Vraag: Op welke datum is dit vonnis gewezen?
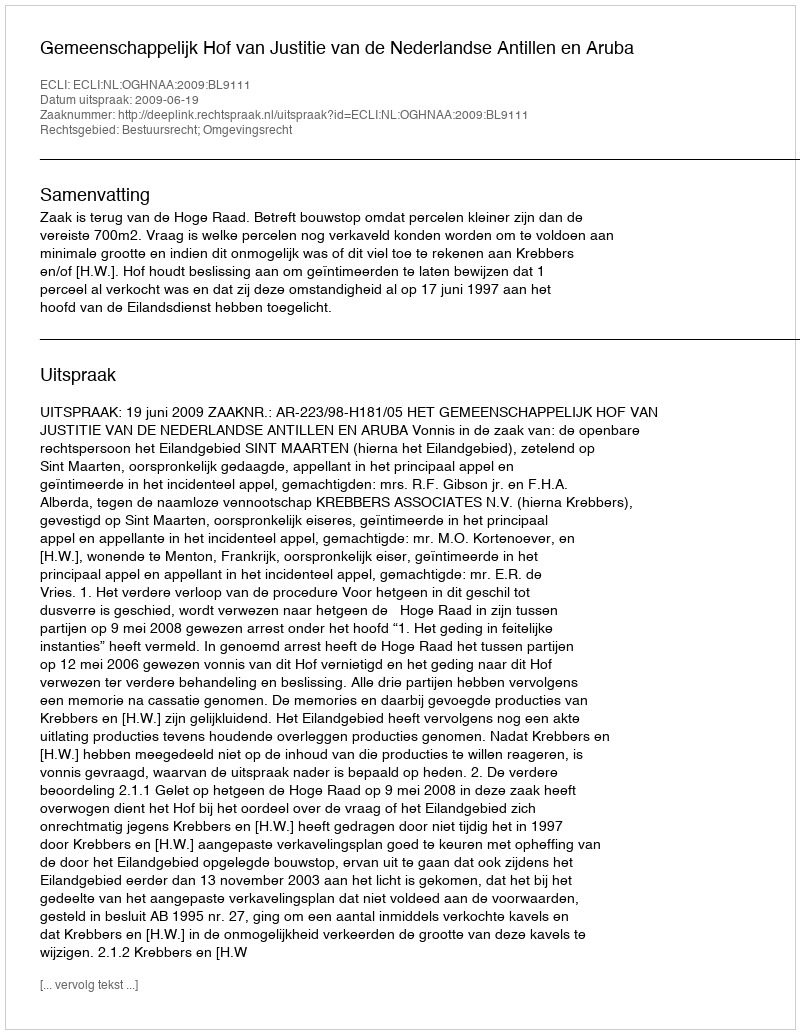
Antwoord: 2009-06-19